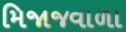
મિજાજવાળા